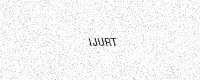
Text: IJURT